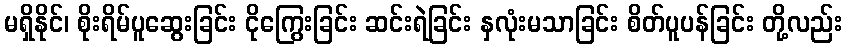
မရှိနိုင်၊ စိုးရိမ်ပူဆွေးခြင်း ငိုကြွေးခြင်း ဆင်းရဲခြင်း နှလုံးမသာခြင်း စိတ်ပူပန်ခြင်း တို့လည်း